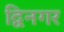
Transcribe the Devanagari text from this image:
द्विनगर